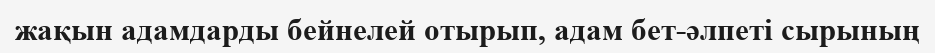
жақын адамдарды бейнелей отырып, адам бет-әлпеті сырының